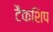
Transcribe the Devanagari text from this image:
टैंकशिप